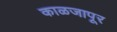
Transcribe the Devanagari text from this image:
काळजापूर